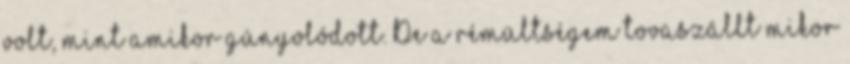
volt, mint amikor gúnyolódott. De a rémültségem tovaszállt mikor